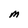
Character: M